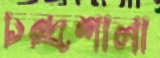
চন্দ্রশালা